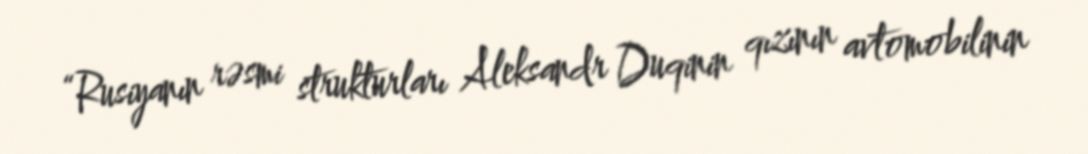
“Rusiyanın rəsmi strukturları Aleksandr Duqinin qızının avtomobilinin